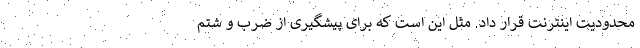
محدودیت اینترنت قرار داد. مثل این است که برای پیشگیری از ضرب و شتم